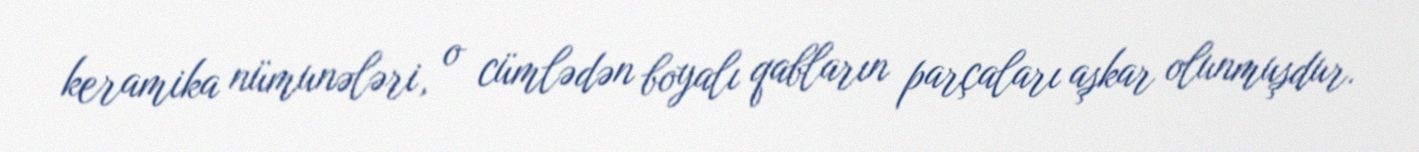
keramika nümunələri, o cümlədən boyalı qabların parçaları aşkar olunmuşdur.